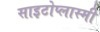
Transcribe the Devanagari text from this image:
साइटोप्लास्मी